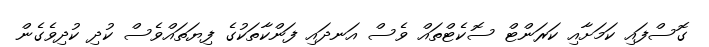
ގޮސްފައި ކަމަށާއި ކަރަންޓް ސޮކެޓްތައް ވެސް އަނދައި ފަންކާތަކުގެ ފިޔަތައްވެސް ކުދި ކުދިވެގެން